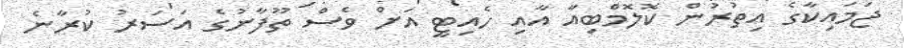
ޖަމައިކާގެ އިތުރުން ކޮލޮމްބިއާ އާއި ހެއިޓީ އަށް ވެސް ތޫފާނުގެ އަސަރު ކުރާނެ